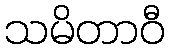
သမိတာဝီ